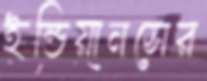
ইন্ডিয়ানসের